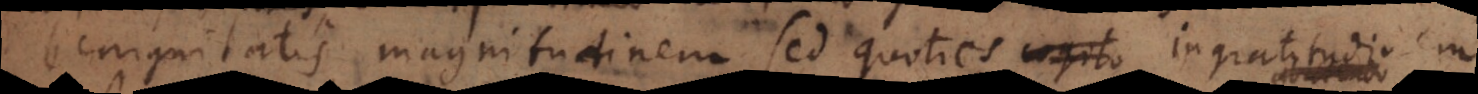
benignitatis magnitudinem sed quoties cogito ingratitudinem